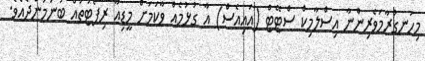
މިހަނގުރާމަވެރިންނާ އިސްލާމިކް ސްޓޭޓް (އައިއެސް) އާ ގުޅުމެއް ވާކަމަށް މީޑިއާ ރިޕޯޓުތައް ބުނަމުންދެއެވެ.